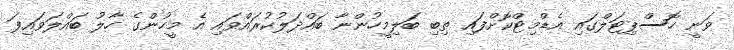
ވަނީ ހޮސްޕިޓަލްގައި އެޑްމިޓްކޮށްފައި ތިބި ބަލިމީހުންނާ ބައްދަލުކުރައްވައި އެ މީހުންގެ ހާލު ބައްލަވައިފަ